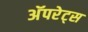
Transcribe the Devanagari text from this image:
अॅपरेट्स